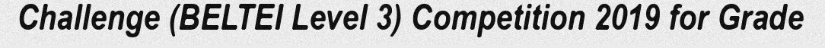
Challenge (BELTEI Level 3) Competition 2019 for Grade